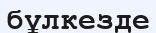
бұлкезде